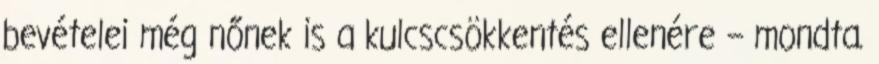
bevételei még nőnek is a kulcscsökkentés ellenére – mondta.